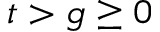
t > g \ge 0